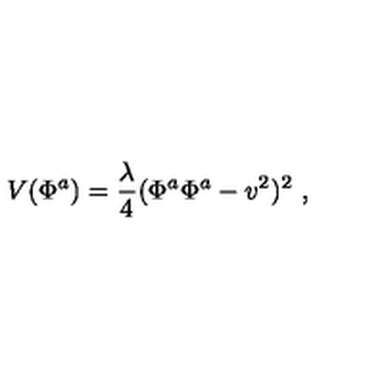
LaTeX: V ( \Phi ^ { a } ) = \frac { \lambda } { 4 } ( \Phi ^ { a } \Phi ^ { a } - v ^ { 2 } ) ^ { 2 } \ ,